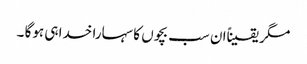
مگر یقیناًان سب بچوں کا سہارا خدا ہی ہوگا ۔